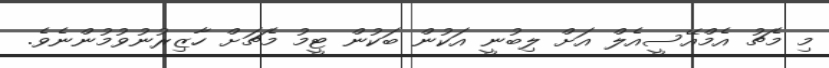
މި މެޗު އެމްއޭސީއެލް އަށް ލިބުނީ އަކުން ބަކުން ޓީމު މެޗަށް ހާޒިރުނުވުމުންނެވެ.